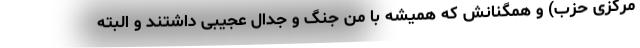
مرکزی حزب) و همگنانش که همیشه با من جنگ و جدال عجیبی داشتند و البته